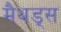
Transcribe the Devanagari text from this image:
मैथड्स